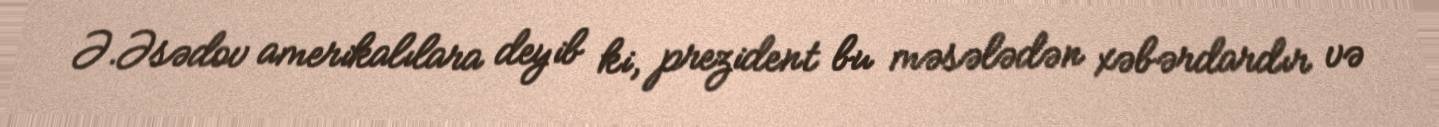
Ə.Əsədov amerikalılara deyib ki, prezident bu məsələdən xəbərdardır və